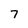
Character: 7